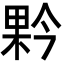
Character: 𭪥